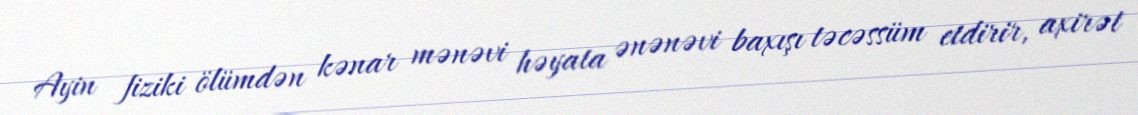
Ayin fiziki ölümdən kənar mənəvi həyata ənənəvi baxışı təcəssüm etdirir, axirət